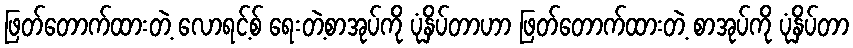
ဖြတ်တောက်ထားတဲ့ လောရင့်စ် ရေးတဲ့စာအုပ်ကို ပုံနှိပ်တာဟာ ဖြတ်တောက်ထားတဲ့ စာအုပ်ကို ပုံနှိပ်တာ